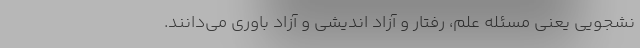
نشجویی یعنی مسئله علم، رفتار و آزاد اندیشی و آزاد باوری می‌دانند.